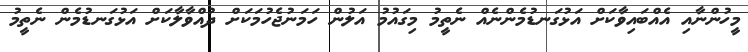
މީހުންނާއި އެއްބައިވާކަށް އަޅުގަނޑުމެންނެއް ނެތީމު މިގައުމު އަލުން ހަމަނުޖެހުމަކަށް ދުއްވާލާކަށް އަޅުގަނޑުމެން ނެތީމު